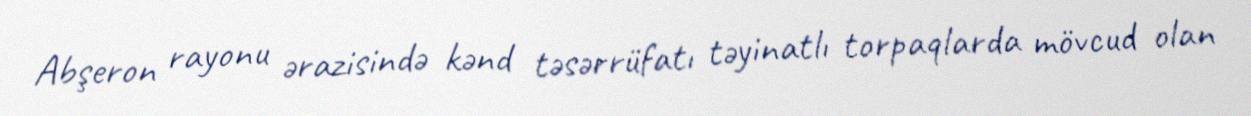
Abşeron rayonu ərazisində kənd təsərrüfatı təyinatlı torpaqlarda mövcud olan